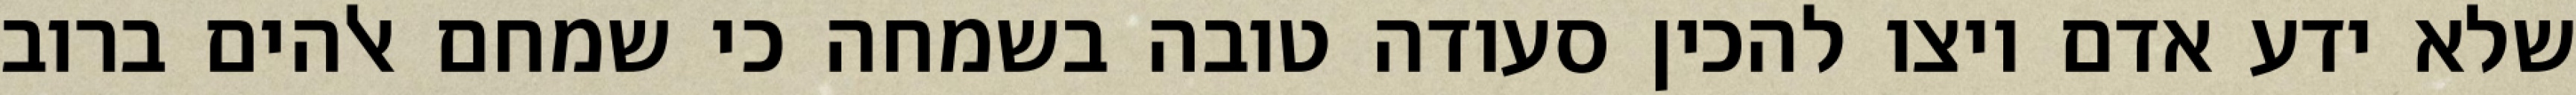
שלא ידע אדם ויצו להכין סעודה טובה בשמחה כי שמחם אלהים ברוב